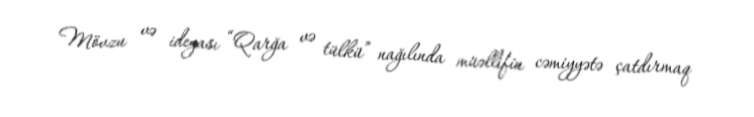
Mövzu və ideyası “Qarğa və tülkü” nağılında müəllifin cəmiyyətə çatdırmaq